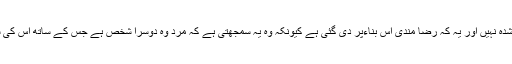
iv)اس کی رضا مندی سے جبکہ مرد جانتا ہو کہ وہ جائز طور پر اس سے شادی شدہ نہیں اور یہ کہ رضا مندی اس بناءپر دی گئی ہے کیونکہ وہ یہ سمجھتی ہے کہ مرد وہ دوسرا شخص ہے جس کے ساتھ اس کی شادی جائز طور پر ہوئی ہے یا جائز طور پر شادی شدہ ہونا باورکرتی ہے۔